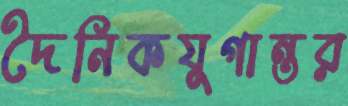
দৈনিকযুগান্তর